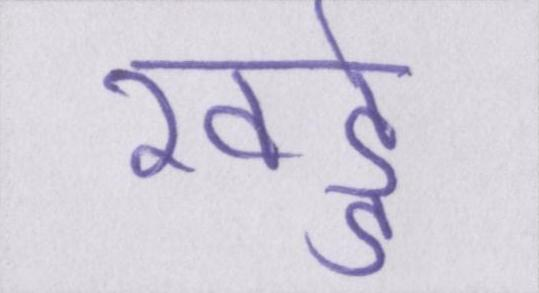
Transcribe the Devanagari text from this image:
खड्डे